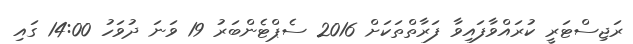
ރަޖިސްޓަރީ ކުރައްވާފައިވާ ފަރާތްތަކަށް 2016 ސެޕްޓެންބަރު 19 ވަނަ ދުވަހު 14:00 ގައި